Report of the Indian Hemp Drugs Commission, 1894-1895 - Volume VI
Year: 1894
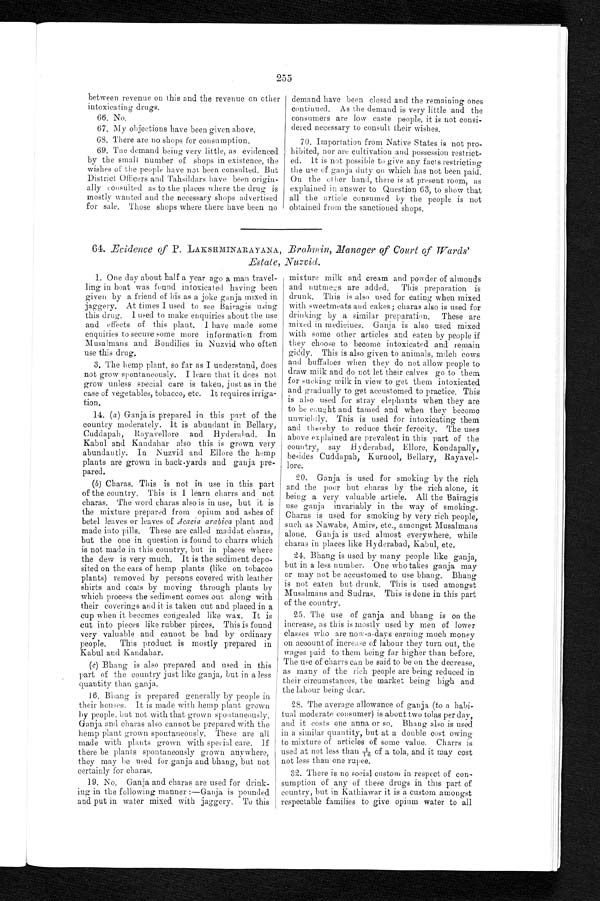
255
between revenue on this and the revenue on other
intoxicating drugs.
66. No.
67. My objections have been given above.
68. There are no shops for consumption.
69. The demand being very little, as evidenced
by the small number of shops in existence, the
wishes of the people have not been consulted. But
District Officers and Tahsildars have been origin
- a l l y c o n s u l t e d a s t o t h e p l a c e s w h e r e t h e d r u g i s
mostly wanted and the necessary shops advertised
for sale. Those shops where there have been no
demand have been closed and the remaining ones
continued. As the demand is very little and the
consumers are low caste people, it is not consi
- d e r e d n e c e s s a r y t o c o n s u l t t h e i r w i s h e s .
70. Importation from Native States is not pro-
hibited, nor are cultivation and possession restrict
- e d . I t i s n o t p o s s i b l e t o g i v e a n y f a c t s r e s t r i c t i n g
the use of ganja duty on which has not been paid.
On the other hand, there is at present room, as
explained in answer to Question 63, to show that
all the article consumed by the people is not
obtained from the sanctioned shops.
64. Evidence of P. LAKSIIMINARAYANA, Brahmin, Manager of Court of Wards'
Estate, Nuzvid.
1. One day about half a year ago a man travel-
ling in boat was found intoxicated having been
given by a friend of his as a joke ganja mixed in
jaggery. At times I used to see Bairagis using
this drug. I used to make enquiries about the use
and effects of this plant. 1 have made some
enquiries to secure some more information from
Musalmans and Boudilies in Nuzvid who often
use this drug.
3. The hemp plant, so far as I understand, does
not grow spontaneously. I learn that it does not
grow unless special care is taken, just as in the
case of vegetables, tobacco, etc. It requires irriga-
tion.
14. (a) Ganja is prepared in this part of the
country moderately. It is abundant in Bellary,
Cuddapah, Rayavellore and Hyderabad. In
Kabul and Kandahar also this is grown very
abundantly. In Nuzvid and Ellore the hemp
plants are grown in back-yards and ganja pre-
pared.
(b) Charas. This is not in use in this part
of the country. This is I learn charrs and not
charas. The word charas also is in use, but it is
the mixture prepared from opium and ashes of
betel leaves or leaves of Acacia arabica plant and
made into pills. These are called maddat charas,
but the one in question is found to chairs which
is not made in this country, but in places where
the dew is very much. It is the sediment depo
- s i t e d o n t h e e a r s o f h e m p p l a n t s ( l i k e o n t o b a c c o
plants) removed by persons covered with leather
s h i r t s a n d c o a t s b y m o v i n g t h r o u g h p l a n t s b y
which process the sediment comes out along with
their coverings and it is taken out and placed in a
cup when it becomes. congealed like wax. It is
cut into pieces like rubber pieces. This is found
very valuable and cannot be had by ordinary
people. This product is mostly prepared in
Kabul and Kandahar.
(c) Bhang is also prepared and used in this
part of the country just like ganja, but in a less
quantity than ganja.
16. Bhang is prepared generally by people in
their houses. It is made with hemp plant grown
by people, but not with that grown spontaneously.
Ganja and charas also cannot be prepared with the
hemp plant grown spontaneously. These are all
made with plants grown with special care. If
there be plants spontaneously g rown anywhere,
they may be used for ganja and bhang, but not
certainly for charas.
19. No. Ganja and charas are used for drink-
ing in the following manner :—Ganja is pounded
and put in water mixed with jaggery. To this
mixture milk and cream and powder of almonds
and nutmegs are added. This preparation is
drunk. This is also used for eating when mixed
with sweetmeats and cakes; charas also is used for
drinking by a similar preparation. These are
mixed in medicines. Ganja is also used mixed
with some other articles and eaten by people if
they choose to become intoxicated and remain
giddy. This is also given to animals, milch cows
and buffaloes when they do not allow people to
draw milk and do not let their calves go to them
for sucking milk in view to get them intoxicated
and gradually to get accustomed to practice. This
is also used for stray elephants when they are
to be caught and tamed and when they become
unwieldly. This is used for intoxicating them
and thereby to reduce their ferocity. The uses
above explained are prevalent in this part of the
country, say Hyderabad, Ellore, Kondapally,
besides Cuddapah, Kurnool, Bellary, Rayavel
- l o r e .
20. Ganja is used for smoking by the rich
and the poor but charas by the rich alone, it
being a very valuable article. All the Bairagis
use ganja invariably in the way of smoking.
Charas is used for smoking by very rich people,
such as Nawabs, Amirs, etc., amongst Musalmans
alone. Ganja is used almost everywhere, while
charas in places like Hyderabad, Kabul, etc.
24. Bhang is used by many people like ganja,
but in a less number. One who takes ganja may
or may not be accustomed to use bhang. Bhang
is not eaten but drunk. This is used amongst
Musalmans and Sudras. This is done in this part
of the country.
25. The use of ganja and bhang is on the
increase, as this is mostly used by men of lower
classes who are now-a-days earning much money
OD account of increase of labour they turn out, the
wages paid to them being far higher than before.
The use of charrs can be said to be on the decrease,
as many of the rich people are being reduced in
their circumstances, the market being high and
the labour being dear.
28. The average allowance of ganja (to a habi-
tual moderate consumer) is about two tolas per day,
and it costs one mina or so. Bhang also is used
in a similar quantity, but at a double cost owing
to mixture of articles of some value. Charrs is
used at not less than 1/16o f a t o l a , a n d i t m a y c o s t
not less than one rupee.
32. There is no social custom in respect of con-
sumption of any of these drugs in this part of
country, but in Kathiawar it is a custom amongst
respectable families to give opium water to all